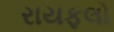
રાયફલો